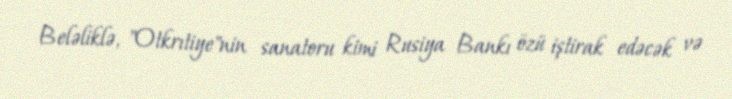
Beləliklə, "Otkrıtiye"nin sanatoru kimi Rusiya Bankı özü iştirak edəcək və